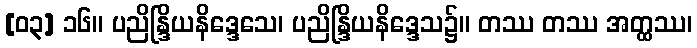
[၀၃] ၁၆။ ပညိန္ဒြိယနိဒ္ဒေသေ၊ ပညိန္ဒြိယနိဒ္ဒေသ၌။ တဿ တဿ အတ္ထဿ၊